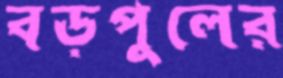
বড়পুলের